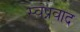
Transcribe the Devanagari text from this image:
स्वप्नवाद